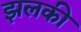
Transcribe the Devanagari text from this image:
झलकी